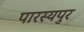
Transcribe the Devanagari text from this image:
पारस्यपुर